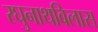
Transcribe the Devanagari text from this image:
रघुनाथविलास